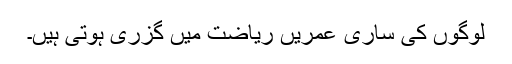
لوگوں کی ساری عمریں ریاضت میں گزری ہوتی ہیں۔